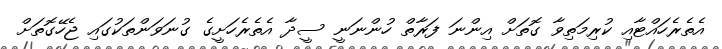
އެތެރެހައްޓާއި ކުރިމަތިވާ ގޮތަށް އިންނަ ފަރާތް ހުންނަނީ ސީދާ އެތެރެހަށީގެ ގުނަވަންތަކުގައި ޖެހޭގޮތަށް